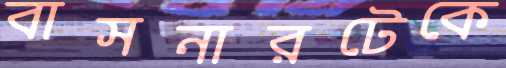
বাসনারটেকে